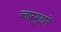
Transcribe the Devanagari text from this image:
ज्वारमुहानें